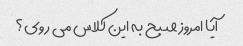
آیا امروز صبح به این کلاس می روی؟